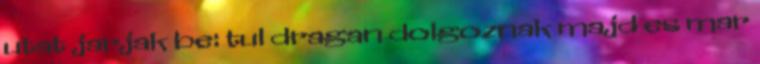
utat jarjak be: tul dragan dolgoznak majd es mar